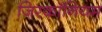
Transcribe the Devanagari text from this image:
जिरकॉनियम